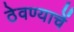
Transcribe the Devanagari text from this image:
ठेवण्याचें